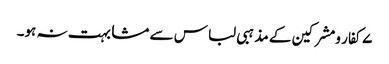
۷کفار ومشرکین کے مذہبی لباس سے مشابہت نہ ہو۔